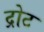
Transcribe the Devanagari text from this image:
द्रोट